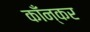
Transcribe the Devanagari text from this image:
काँन्कर